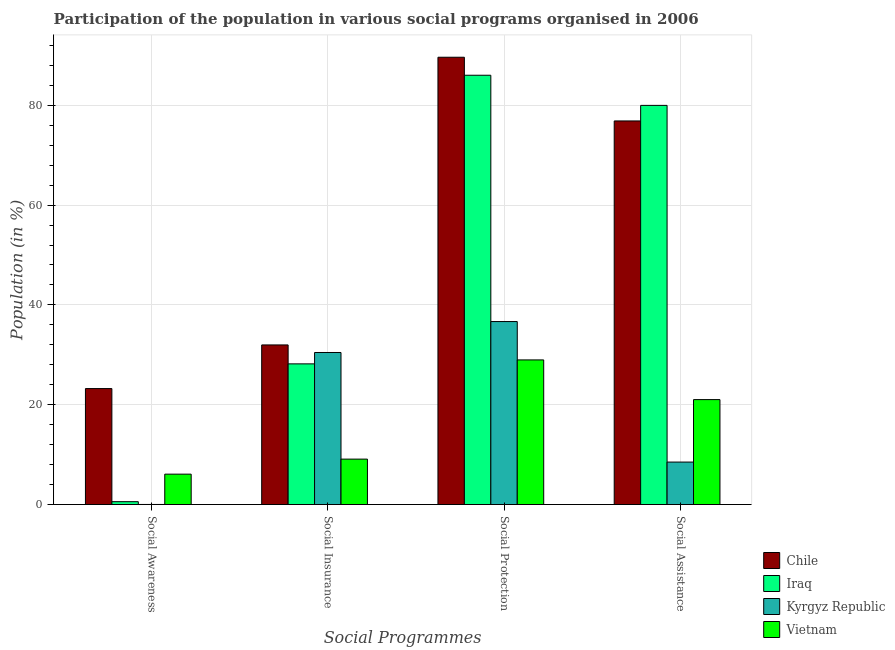
| Social Programmes | Chile | Iraq | Kyrgyz Republic | Vietnam |
 | --- | --- | --- | --- | --- |
 | Social Awareness | 23.2 | 0.572 | 0.0152 | 6.09 |
 | Social Insurance | 32 | 28.2 | 30.5 | 9.1 |
 | Social Protection | 89.6 | 86 | 36.7 | 29 |
 | Social Assistance | 76.9 | 80 | 8.51 | 21 |